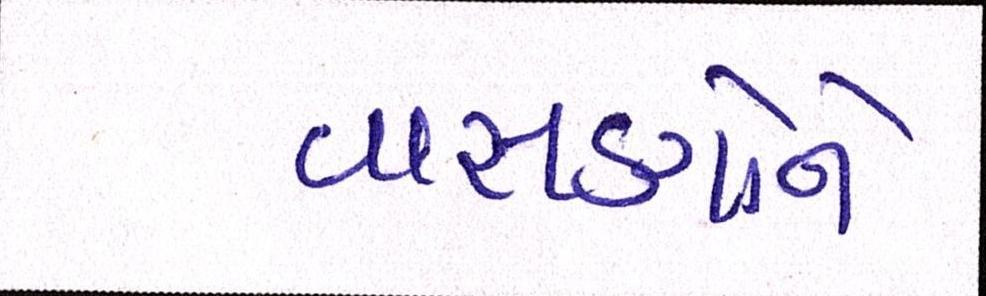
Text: વાસણોને